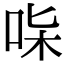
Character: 𠱟